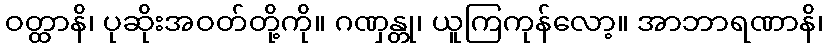
ဝတ္ထာနိ၊ ပုဆိုးအဝတ်တို့ကို။ ဂဏှန္တု၊ ယူကြကုန်လော့။ အာဘာရဏာနိ၊